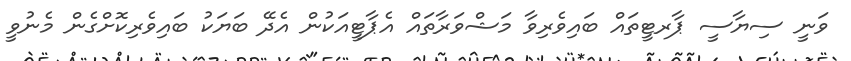
ވަނީ ސިޔާސީ ޕާރޓީތައް ބައިވެރިވާ މަޝްވަރާތައް އެޕާޓީއަކުން އެދޭ ބަޔަކު ބައިވެރިކޮށްގެން މެނުވީ